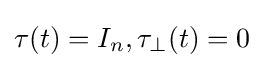
\tau (t)=I_{n},\tau _{\perp }(t)=0